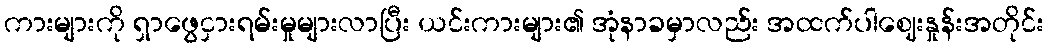
ကားများကို ရှာဖွေငှားရမ်းမှုများလာပြီး ယင်းကားများ၏ အုံနာခမှာလည်း အထက်ပါဈေးနှုန်းအတိုင်း